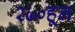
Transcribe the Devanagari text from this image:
२७०हून